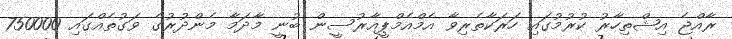
ރާއްޖެ އިޝްތިހާރު ކުރުމުގައި ހަރަކާތެރިވާ އެމްއެމްޕީއާރުސީން ބުނީ މާދަމާ މެންދުރުގެ ވަގުތެއްގައި 750000